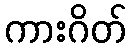
ကားဂိတ်